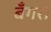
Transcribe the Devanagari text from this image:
बँगरा